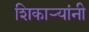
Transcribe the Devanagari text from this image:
शिकार्‍यांनी